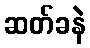
ဆတ်ခနဲ